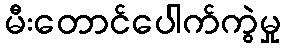
မီးတောင်ပေါက်ကွဲမှု